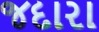
જદારા